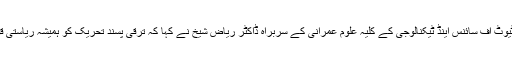
ذوالفقار علی بھٹو انسٹی ٹیوٹ آف سائنس اینڈ ٹیکنالوجی کے کلیہ علومِ عمرانی کے سربراہ ڈاکٹر ریاض شیخ نے کہا کہ ترقی پسند تحریک کو ہمیشہ ریاستی قوتوں نے سبوتاژ کیا ہے۔